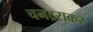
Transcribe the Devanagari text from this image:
चनद्रराकर